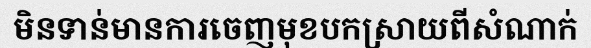
មិនទាន់មានការចេញមុខបកស្រាយពីសំណាក់